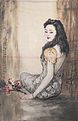
故人溪上，挂愁无奈，烟梢月树。